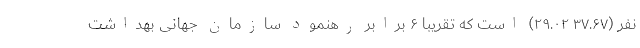
نفر (۳۷.۶۷ ۲۹.۰۲) است که تقریبا ۶ برابر رهنمود سازمان جهانی بهداشت